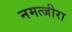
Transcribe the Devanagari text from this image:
नमत्जीरा